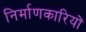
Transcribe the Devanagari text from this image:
निर्माणकारियों